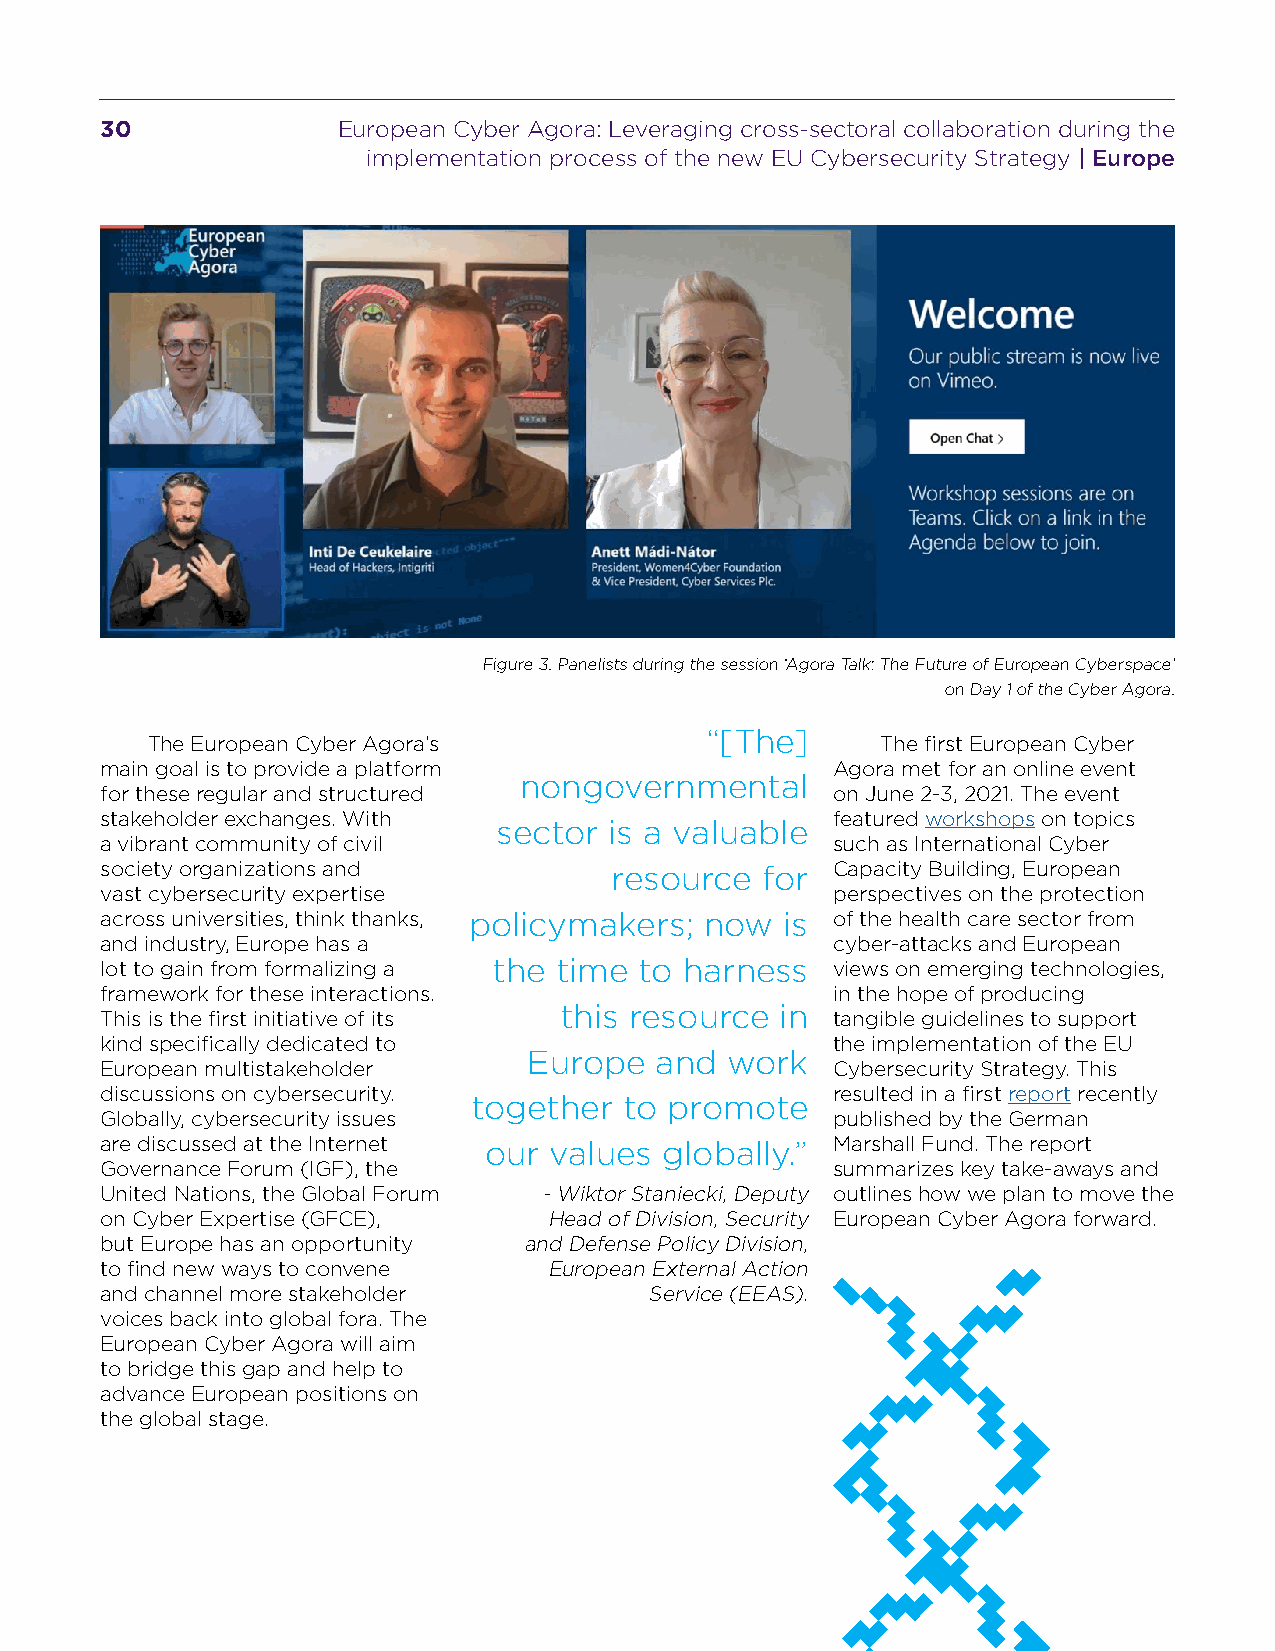
30             European Cyber Agora: Leveraging cross-sectoral collaboration during the
 implementation process of the new EU Cybersecurity Strategy | Europe
 Figure 3. Panelists during the session ‘Agora Talk: The Future of European Cyberspace’
 on Day 1 of the Cyber Agora.
 “[The]
 The European Cyber Agora’s                      The first European Cyber
 main goal is to provide a platform              Agora met for an online event
 nongovernmental
 for these regular and structured                on June 2-3, 2021. The event
 stakeholder exchanges. With                     featured workshops on topics
 sector is a valuable
 a vibrant community of civil                    such as International Cyber
 society organizations and        resource  for  Capacity Building, European
 vast cybersecurity expertise                    perspectives on the protection
 across universities, think thanks, policymakers; now is of the health care sector from
 and industry, Europe has a                      cyber-attacks and European
 lot to gain from formalizing a the time to harness views on emerging technologies,
 framework for these interactions.               in the hope of producing
 this resource  in
 This is the first initiative of its             tangible guidelines to support
 kind specifically dedicated to                  the implementation of the EU
 Europe  and  work
 European multistakeholder                       Cybersecurity Strategy. This
 discussions on cybersecurity.                   resulted in a first report recently
 together  to promote
 Globally, cybersecurity issues                  published by the German
 are discussed at the Internet our values globally.” Marshall Fund. The report
 Governance Forum (IGF), the                     summarizes key take-aways and
 United Nations, the Global Forum - Wiktor Staniecki, Deputy outlines how we plan to move the
 on Cyber Expertise (GFCE),   Head of Division, Security European Cyber Agora forward.
 but Europe has an opportunity and Defense Policy Division,
 to find new ways to convene  European External Action
 and channel more stakeholder        Service (EEAS).
 voices back into global fora. The
 European Cyber Agora will aim
 to bridge this gap and help to
 advance European positions on
 the global stage.